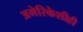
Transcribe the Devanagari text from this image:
अमेरिकेशीही